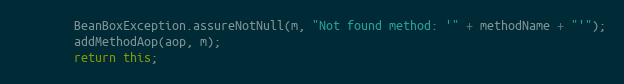
Language: Java
		BeanBoxException.assureNotNull(m, "Not found method: '" + methodName + "'");
		addMethodAop(aop, m);
		return this;